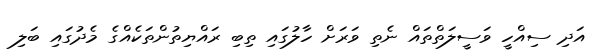
އަދި ސިއްހީ ވަސީލަތްތައް ނެތި ވަރަށް ހާލުގައި ތިބި ރައްޔިތުންތަކެއްގެ މެދުގައި ބަލި